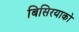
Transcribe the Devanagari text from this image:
बिसिरयाको